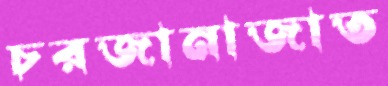
চরজানাজাত